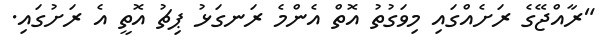
"ރާއްޖޭގެ ރަށެއްގައި މިވަގުތު އޮތް އެންމެ ރަނގަޅު ޕިޗު އޮތީ އެ ރަށުގައި.